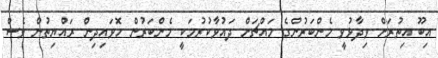
އިބޫ އިތުރަށް ވިދާޅުވީ މެންބަރުންގެ މައްޗަށް ދައުވާކުރުމަކީ މެންބަރުން ހޮވައިދިން ރައްޔިތުން ވެސް